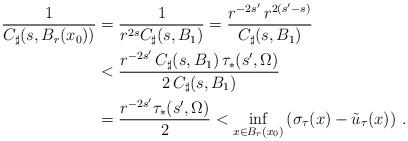
LaTeX: \begin{align*}\frac{1}{C_\sharp(s,B_r(x_0))} & = \frac{1}{r^{2s} C_\sharp(s,B_1)} = \frac{r^{-2s'}\,r^{2(s'-s)}}{C_\sharp(s,B_1)}\\ & <\frac{ r^{-2s'}\, C_\sharp(s,B_1) \,\tau_*(s',\Omega) }{ 2\,C_\sharp(s,B_1)}\\& =\frac{r^{-2s'}\tau_*(s',\Omega)}{2}<\inf_{x\in B_r(x_0)}\left(\sigma_\tau(x)-\tilde u_\tau(x)\right)\,.\end{align*}